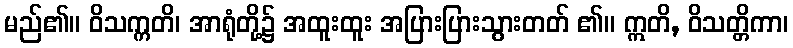
မည်၏။ ဝိသက္ကတိ၊ အာရုံတို့၌ အထူးထူး အပြားပြားသွားတတ် ၏။ ဣတိ, ဝိသတ္တိကာ၊